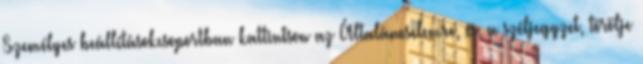
Személyes beállításokcsoportban kattintson az Általánoselemre, és, a széljegyzet, törölje